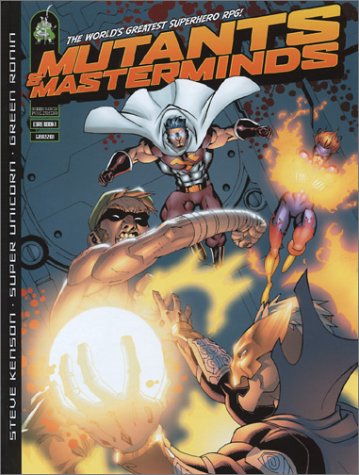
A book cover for Mutants & Masterminds (Superheroes RPG); Steve Kenson; Science Fiction & Fantasy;